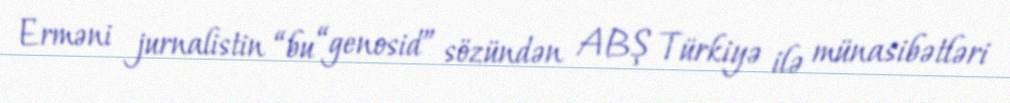
Erməni jurnalistin “bu “genosid” sözündən ABŞ Türkiyə ilə münasibətləri